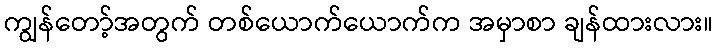
ကျွန်တော့်အတွက် တစ်ယောက်ယောက်က အမှာစာ ချန်ထားလား။